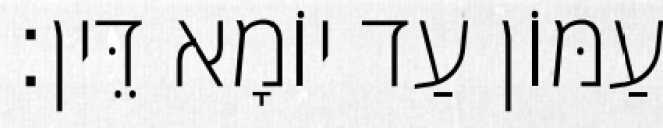
עַמּוֹן עַד יוֹמָא דֵּין׃